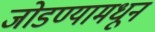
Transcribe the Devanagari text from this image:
जोडण्यामधून